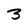
Character: 3